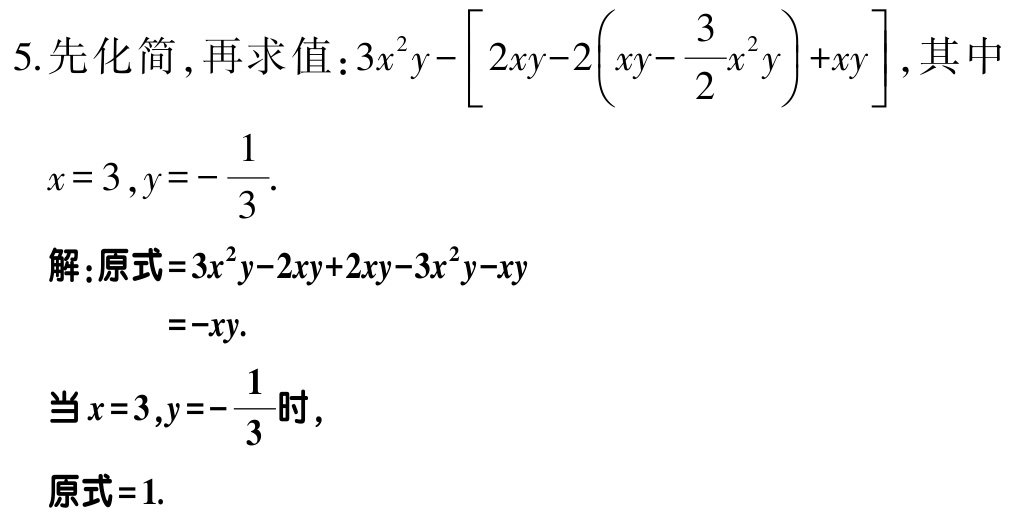
5. 先化简，再求值：\(3x^{2}y-\left[2xy - 2\left(xy-\frac{3}{2}x^{2}y\right)+xy\right]\)，其中

\(x = 3,y=-\frac{1}{3}\).

解：原式\(=3x^{2}y - 2xy + 2xy - 3x^{2}y-xy\)

\(=-xy\).

当\(x = 3,y=-\frac{1}{3}\)时，

原式\( = 1\).